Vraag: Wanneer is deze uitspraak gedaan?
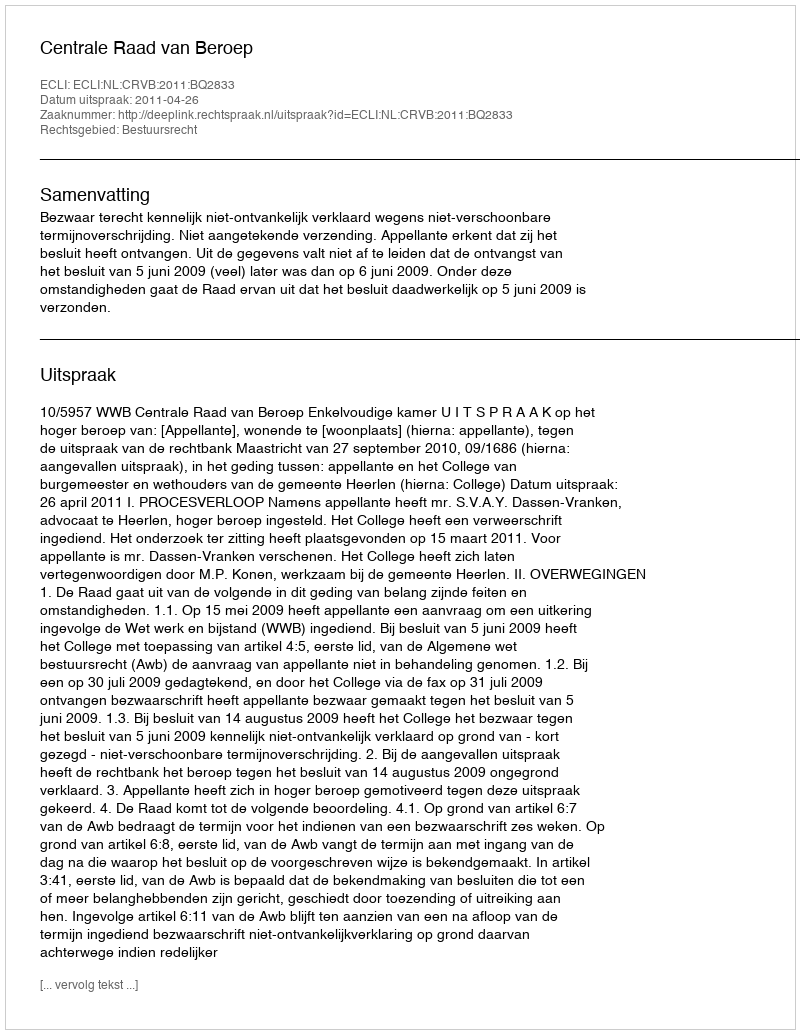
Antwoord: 2011-04-26